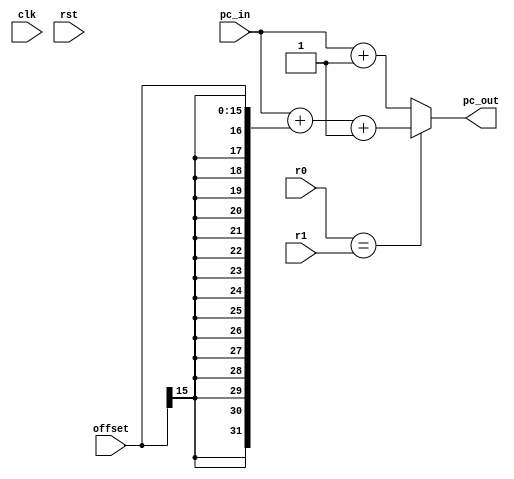
`timescale 1ns / 1ps

module BEQ (input clk,input rst, input signed [31:0] r0,input signed [31:0] r1, input signed [15:0] offset,
input [31:0] pc_in, output [31:0] pc_out);

  assign pc_out = (r0==r1) ? (pc_in + {{16{offset[15]}}, offset} + 1) : (pc_in + 1) ;

endmodule

module BGT (input clk,input rst, input signed [31:0] r0,input signed [31:0] r1, input signed [15:0] offset,
input [31:0] pc_in, output [31:0] pc_out);

  assign pc_out = (r0 > r1) ? (pc_in + {{16{offset[15]}}, offset} + 1) : (pc_in + 1) ;

endmodule

module BGTE (input clk,input rst, input signed [31:0] r0,input signed [31:0] r1, input signed [15:0] offset,
input [31:0] pc_in, output [31:0] pc_out);

  assign pc_out = (r0 >= r1) ? (pc_in + {{16{offset[15]}}, offset} + 1) : (pc_in + 1) ;

endmodule

module BLE (input clk,input rst, input signed [31:0] r0,input signed [31:0] r1, input signed [15:0] offset,
input [31:0] pc_in, output [31:0] pc_out);

  assign pc_out = (r0 < r1) ? (pc_in + {{16{offset[15]}}, offset} + 1) : (pc_in + 1) ;

endmodule

module BLEQ (input clk,input rst, input signed [31:0] r0,input signed [31:0] r1, input signed [15:0] offset,
input [31:0] pc_in, output [31:0] pc_out);

  assign pc_out = (r0 <= r1) ? (pc_in + {{16{offset[15]}}, offset} + 1) : (pc_in + 1) ;

endmodule

module BNE (input clk,input rst, input signed [31:0] r0,input signed [31:0] r1, input signed [15:0] offset,
input [31:0] pc_in, output [31:0] pc_out);

  assign pc_out = (r0 != r1) ? (pc_in + {{16{offset[15]}}, offset} + 1) : (pc_in + 1) ;

endmodule

module J (input clk, input [25:0] target_address, input [31:0] pc_in, output [31:0] pc_out);
    
  assign pc_out = {{6{target_address[25]}}, target_address}; 

endmodule

module JAL(input clk, input [25:0] target_address, input [31:0] pc_in, output [31:0] pc_out, output [31:0] jal_ra);

  assign pc_out = {pc_in[31:28], target_address, 2'b00};
  assign jal_ra = pc_in + 1;
     
endmodule

module JR (input clk, input [31:0] r0, output [31:0] pc_out);

  assign pc_out = r0;  

endmodule